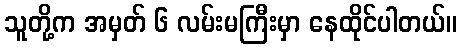
သူတို့က အမှတ် ၆ လမ်းမကြီးမှာ နေထိုင်ပါတယ်။